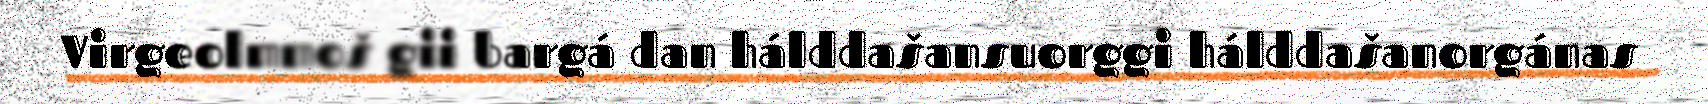
Virgeolmmoš gii bargá dan hálddašansuorggi hálddašanorgánas